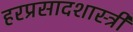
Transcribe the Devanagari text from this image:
हरप्रसादशास्त्री